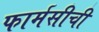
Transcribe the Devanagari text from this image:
फार्मसीची